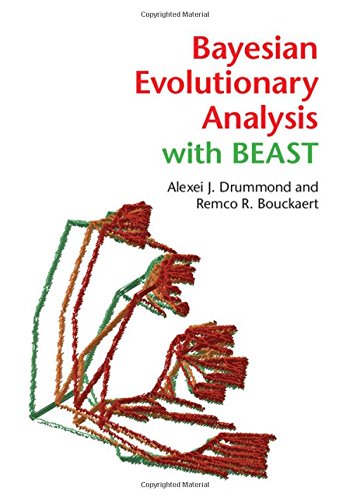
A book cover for Bayesian Evolutionary Analysis with BEAST; Alexei J. Drummond; Computers & Technology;